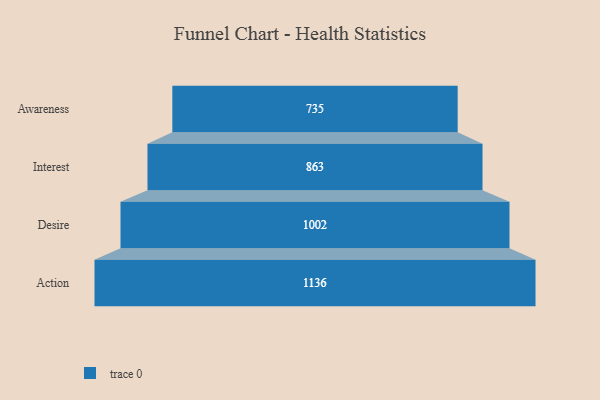
{"axis": {"x": "Stage", "y": "Value"}, "legend": [""], "data": [{"x": "Awareness", "y": 735.0, "type": ""}, {"x": "Interest", "y": 863.0, "type": ""}, {"x": "Desire", "y": 1002.0, "type": ""}, {"x": "Action", "y": 1136.0, "type": ""}]}